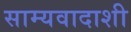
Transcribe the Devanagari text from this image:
साम्यवादाशी